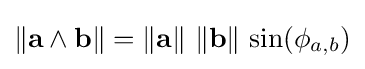
\left\|\mathbf {a} \wedge \mathbf {b} \right\|=\left\|\mathbf {a} \right\|\,\left\|\mathbf {b} \right\|\,\sin(\phi _{a,b})